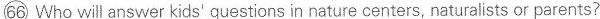
\bigcirc{66} Who will answer kids' questions in nature centers, naturalists or parents?